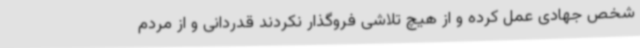
شخص جهادی عمل کرده و از هیچ تلاشی فروگذار نکردند قدردانی و از مردم